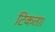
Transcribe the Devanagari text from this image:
टिकता।